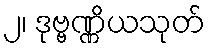
၂၊ ဒုဗ္ဗဏ္ဏိယသုတ်